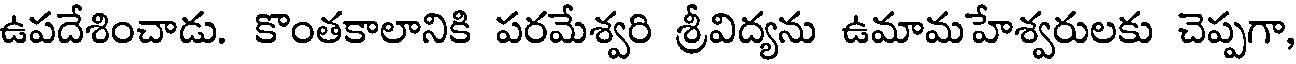
ఉపదేశించాడు. కొంతకాలానికి పరమేశ్వరి శ్రీవిద్యను ఉమామహేశ్వరులకు చెప్పగా